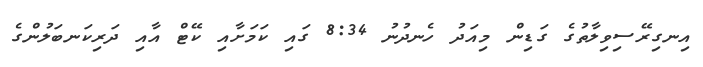
އިނގިރޭސިވިލާތުގެ ގަޑިން މިއަދު ހެނދުނު 8:34 ގައި ކަމަށާއި ކޭޓް އާއި ދަރިކަނބަލުންގެ